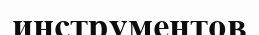
инструментов